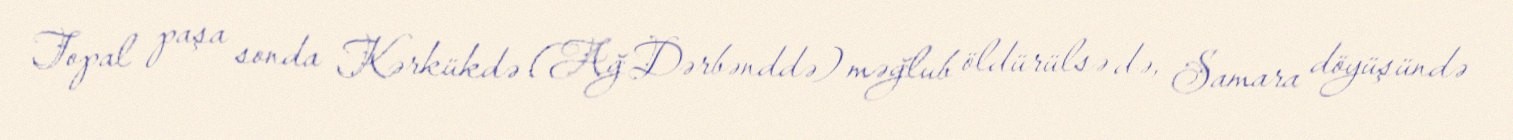
Topal paşa sonda Kərkükdə (Ağ Dərbənddə) məğlub öldürülsə də, Samara döyüşündə